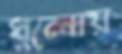
ধুলোয়